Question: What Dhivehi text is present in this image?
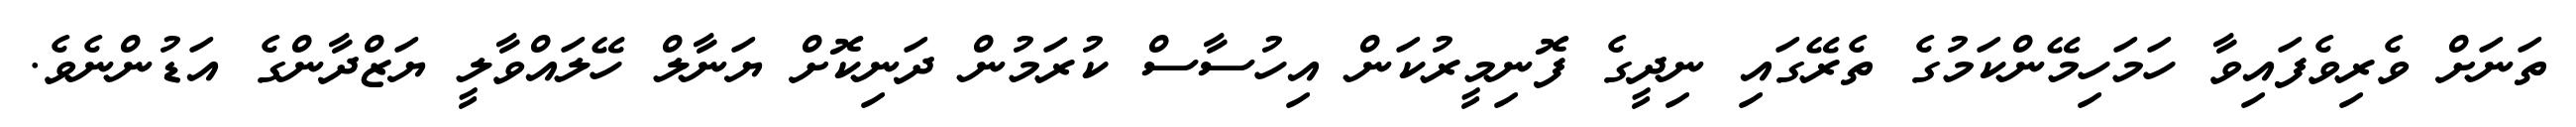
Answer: ތަނަށް ވެރިވެފައިވާ ހަމަހިމޭންކަމުގެ ތެރޭގައި ނިދީގެ ފޮނިމީރުކަން އިހުސާސް ކުރަމުން ދަނިކޮށް ޔަނާލް ހޭލައްވާލީ ޔަޒްދާންގެ އަޑުންނެވެ.